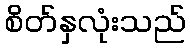
စိတ်နှလုံးသည်